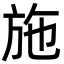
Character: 施